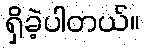
ရှိခဲ့ပါတယ်။